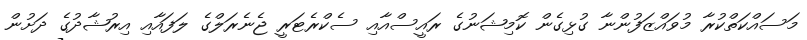
މަސައްކަތްކުރާ މުވައްޒަފުންނާ ގުޅިގެން ކޮމިޝަނުގެ ރައީސްއާއި ސެކްރެޓަރީ ޖެނެރަލްގެ ލަފައާއި އިރުޝާދުގެ ދަށުން